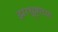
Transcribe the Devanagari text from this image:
झरथुष्ट्रांच्या